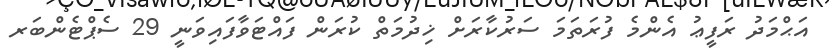
އަޙްމަދު ރަފީޢު އެންމެ ފުރަތަމަ ސަރުކާރަށް ޚިދުމަތް ކުރަން ފައްޓަވާފައިވަނީ 29 ސެޕްޓެންބަރ